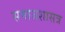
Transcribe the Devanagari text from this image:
समाजशासत्र